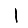
Digit: 1